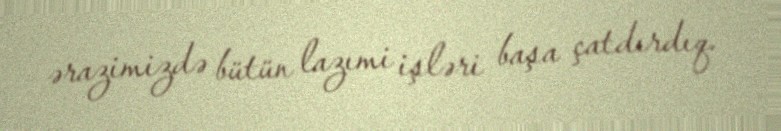
ərazimizdə bütün lazımi işləri başa çatdırdıq.